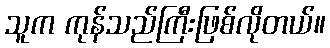
သူက ကုန်သည်ကြီးဖြစ်လိုတယ်။